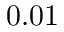
0 . 0 1